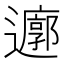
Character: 𮟜